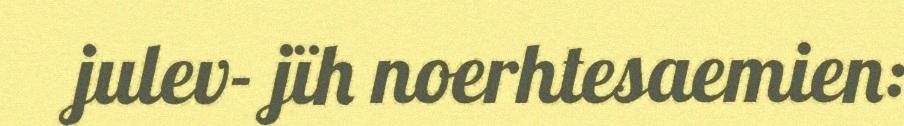
julev- jïh noerhtesaemien: